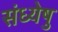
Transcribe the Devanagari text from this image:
संध्येषु